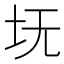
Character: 𪢸